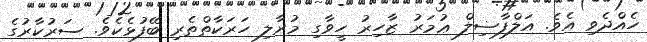
ހެއްދެވި އެވެ. އަލްފާޟިލް ޢުމަރު ޒާހިރު ހީވާގި މުރާލި ހަރަކާތްތެރި ބޭފުޅެކެވެ. ސަރުކާރުގެ